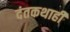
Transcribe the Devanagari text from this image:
दंतकथाही